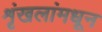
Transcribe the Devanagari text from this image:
शृंखलांमधून